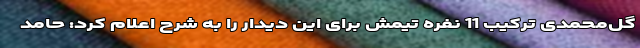
گل‌محمدی ترکیب 11 نفره تیمش برای این دیدار را به شرح اعلام کرد: حامد